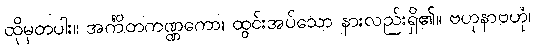
ထိုမှတပါး။ အင်္ကိတကဏ္ဏကော၊ ထွင်းအပ်သော နားလည်းရှိ၏။ ဗဟုနာဗဟုံ၊